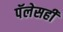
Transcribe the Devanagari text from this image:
पॅलेसही